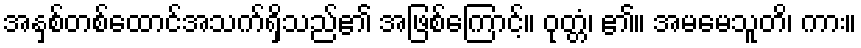
အနှစ်တစ်ထောင်အသက်ရှိသည်၏ အဖြစ်ကြောင့်။ ဝုတ္တံ၊ ၏။ အမမေသူတိ၊ ကား။